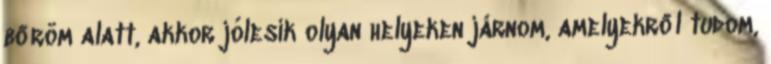
bőröm alatt, akkor jólesik olyan helyeken járnom, amelyekről tudom,